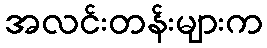
အလင်းတန်းများက